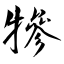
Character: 犙